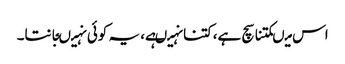
اس میںکتنا سچ ہے،کتنا نہیںہے، یہ کوئی نہیںجانتا۔